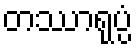
တဿာရုပ္ပံ